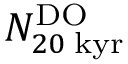
N _ { 2 0 \; \mathrm { k y r } } ^ { \mathrm { D O } }